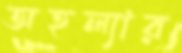
অহল্যার